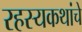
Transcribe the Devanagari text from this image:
रहस्यकथांचे